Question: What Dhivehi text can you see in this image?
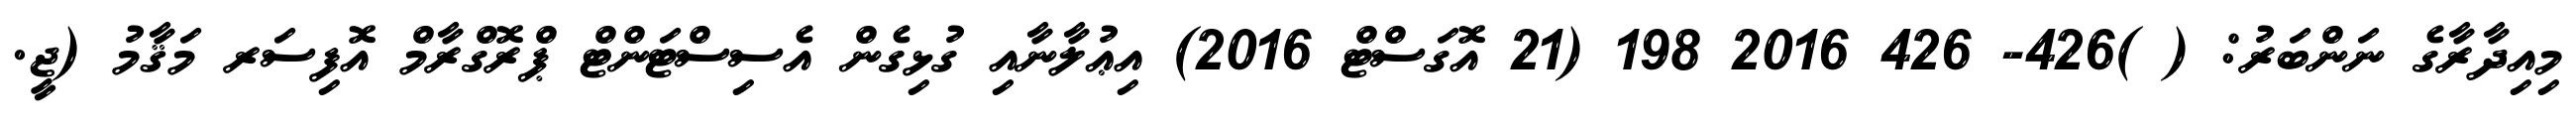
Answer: މިއިދާރާގެ ނަންބަރު: ( )426- 426 2016 198 (21 އޮގަސްޓް 2016) އިޢުލާނާއި ގުޅިގެން އެސިސްޓަންޓް ޕްރޮގްރާމް އޮފިސަރ މަޤާމު (ޖީ.